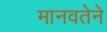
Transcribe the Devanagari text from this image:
मानवतेने